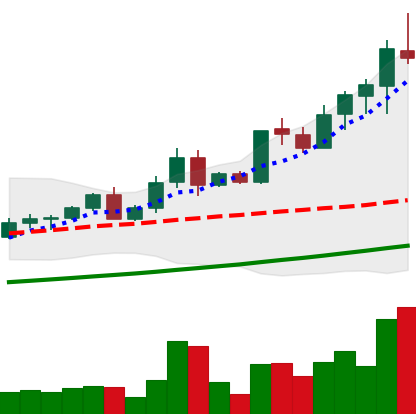
Ticker: LTC-USD
Chart end date: 2021-04-17
Forward return: -16.958%
Label: down_7plus